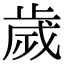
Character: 歲